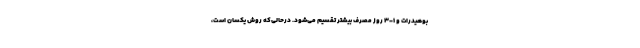
بوهیدرات و 1-3 روز مصرف بیشتر تقسیم می‌شود. درحالی‌که روش یکسان است،